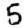
Digit: 5